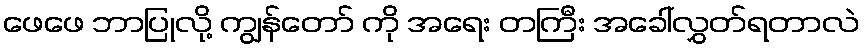
ဖေဖေ ဘာပြုလို့ ကျွန်တော် ကို အရေး တကြီး အခေါ်လွှတ်ရတာလဲ